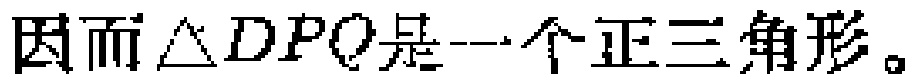
因而$\triangle DPQ$是一个正三角形。